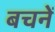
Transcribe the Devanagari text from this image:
बचनें